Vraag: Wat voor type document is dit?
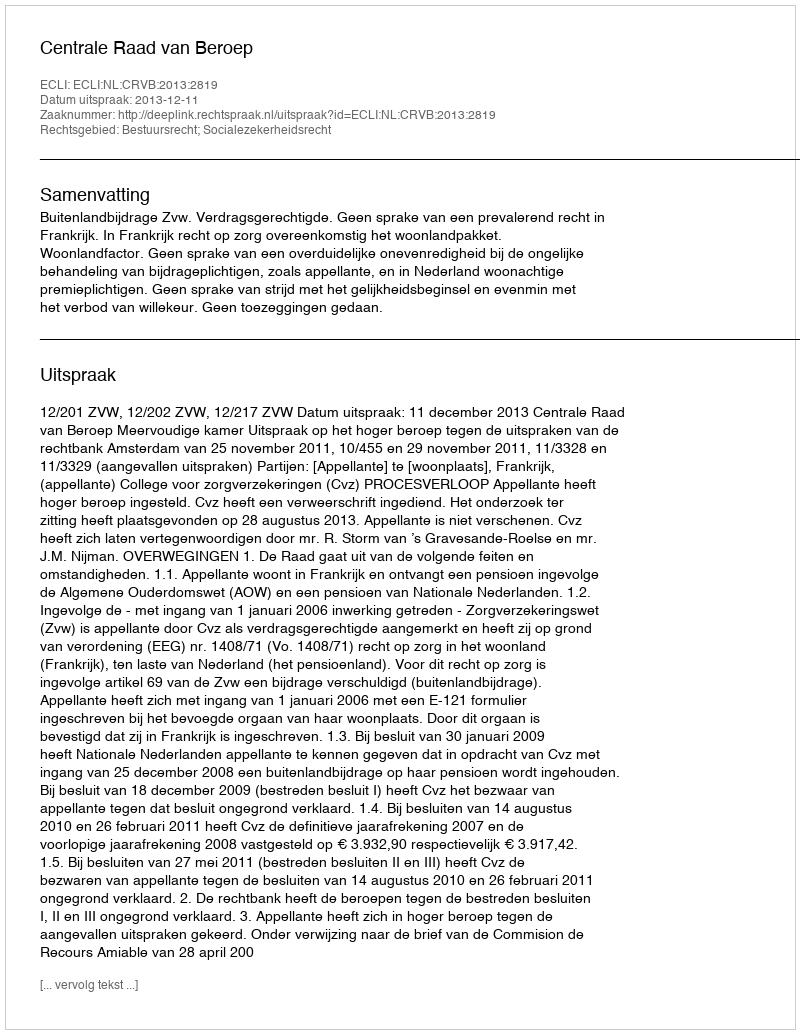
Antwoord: Uitspraak